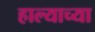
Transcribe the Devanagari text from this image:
हाल्याच्या